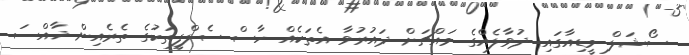
ސޯޝަލް މީޑިއާގައި ދުވާލެއްގެ މައްޗަށް ދައުރުވާ އެތަކެއް ހާސް ސެލްފީތަކުގެ ތެރެއިން ޚާއްސަ